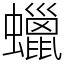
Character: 蠟